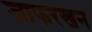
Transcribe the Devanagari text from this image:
जाफरखन